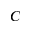
C